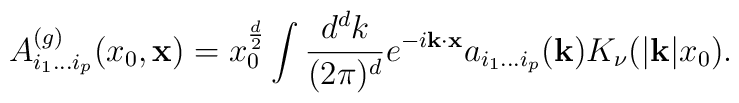
A_{i_1 \ldots  i_p}^{(g)}(x_0,{\bf x}) = x_0^{d\over 2} \int {d^dk\over (2\pi)^d}  e^{-i{\bf k}\cdot {\bf x}} a_{i_1 \ldots i_p}({\bf k}) K_\nu(|{\bf k}| x_0).